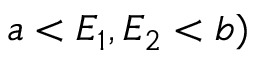
a < E _ { 1 } , E _ { 2 } < b )